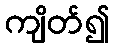
ကျိတ်၍